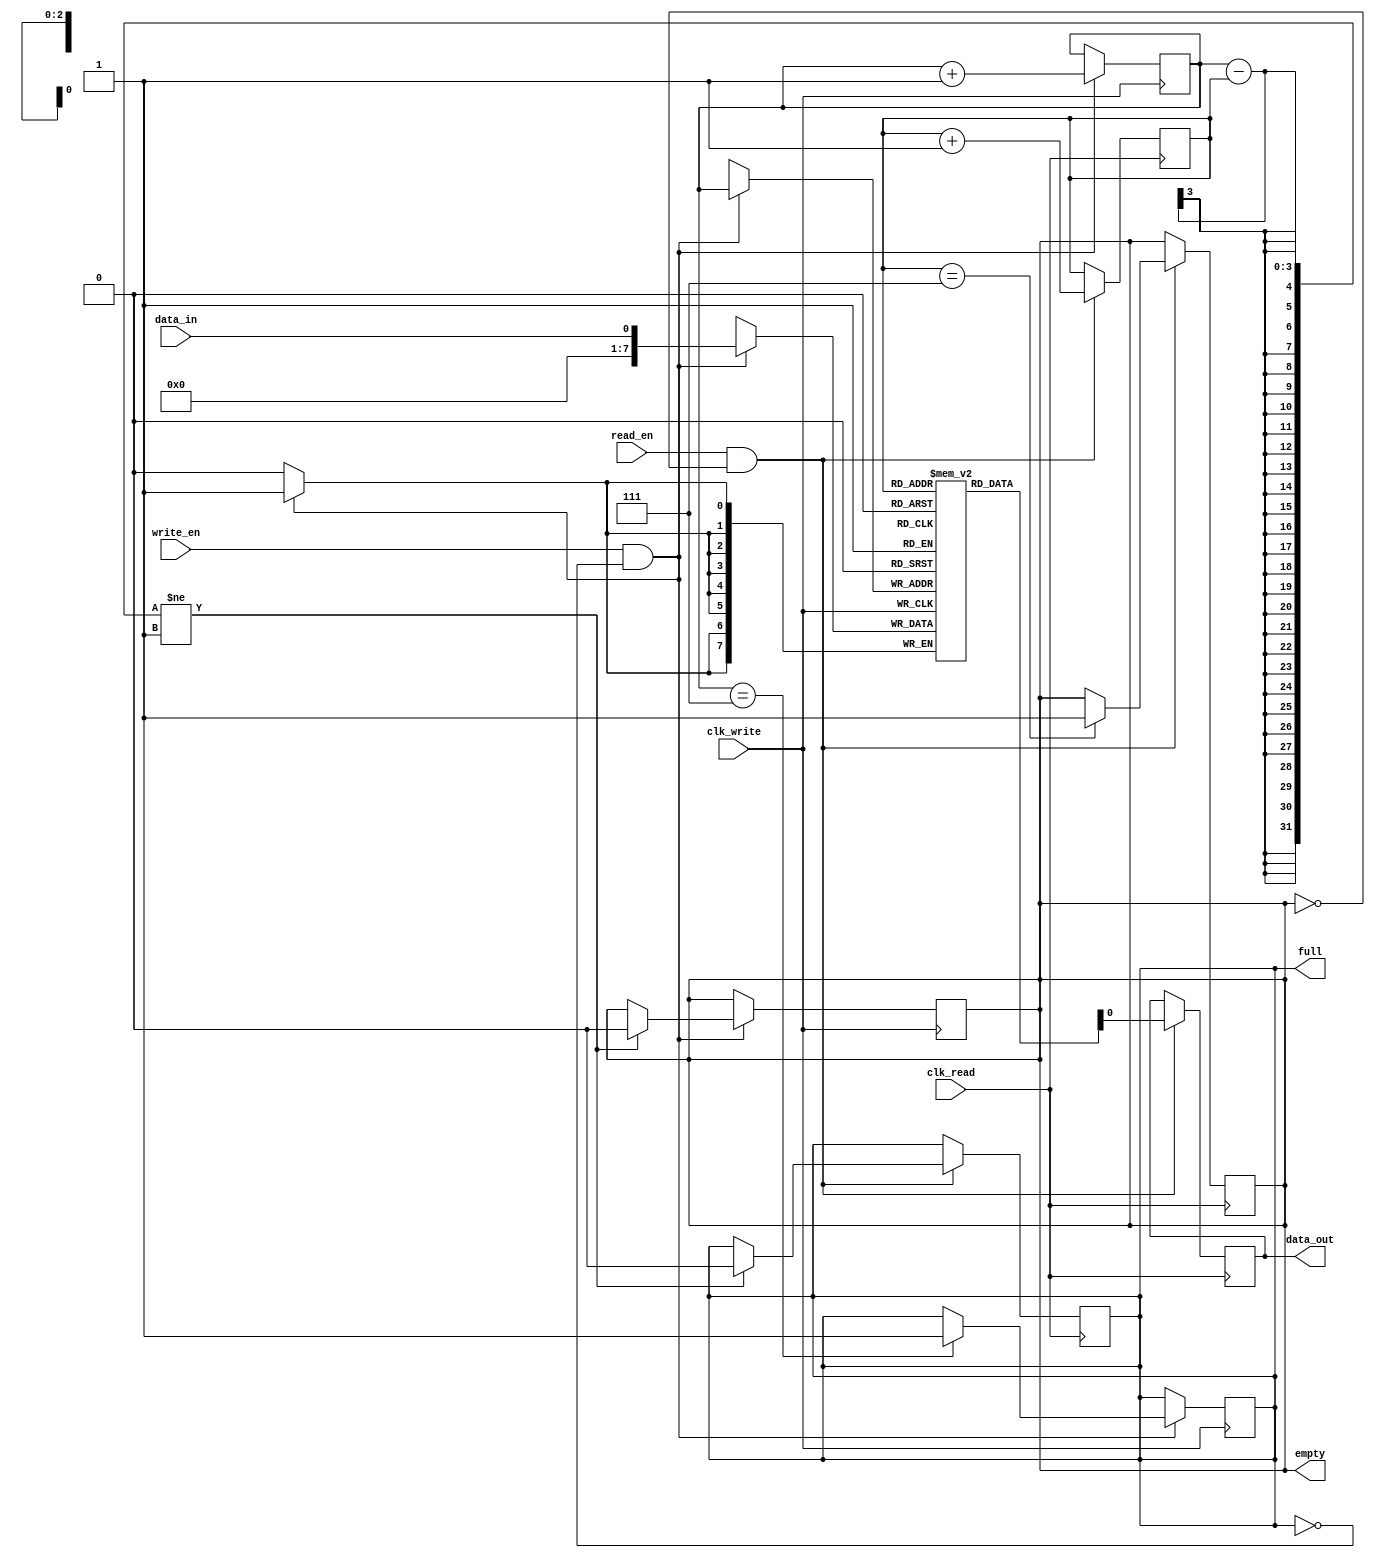
module fifo (
   input wire clk_write,
   input wire clk_read,
   input wire write_en,
   input wire read_en,
   input wire data_in,
   output reg data_out,
   output reg empty,
   output reg full
);

reg [7:0] fifo_buffer [0:7]; // FIFO buffer with 8 entries
reg [2:0] wr_ptr = 3; // Write pointer initialized to middle of buffer
reg [2:0] rd_ptr = 3; // Read pointer initialized to middle of buffer

always @ (posedge clk_write) begin
   if (write_en && !full) begin
      fifo_buffer[wr_ptr] <= data_in;
      wr_ptr <= wr_ptr + 1;
      if (wr_ptr == 7) begin
         full <= 1;
      end
      if (wr_ptr - rd_ptr != 1) begin
         empty <= 0;
      end
   end
end

always @ (posedge clk_read) begin
   if (read_en && !empty) begin
      data_out <= fifo_buffer[rd_ptr];
      rd_ptr <= rd_ptr + 1;
      if (rd_ptr == 7) begin
         empty <= 1;
      end
      if (wr_ptr - rd_ptr != 1) begin
         full <= 0;
      end
   end
end

endmodule